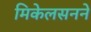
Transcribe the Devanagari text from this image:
मिकेलसनने